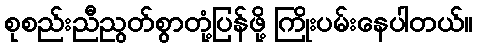
စုစည်းညီညွတ်စွာတုံ့ပြန်ဖို့ ကြိုးပမ်းနေပါတယ်။